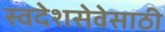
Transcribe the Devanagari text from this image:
स्वदेशसेवेसाठी